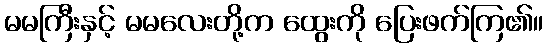
မမကြီးနှင့် မမလေးတို့က ထွေးကို ပြေးဖက်ကြ၏။